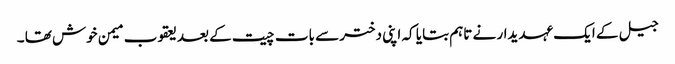
جیل کے ایک عہدیدار نے تاہم بتایا کہ اپنی دختر سے بات چیت کے بعد یعقوب میمن خوش تھا ۔